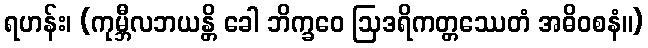
ရဟန်း၊ (ကုမ္ဘီလဘယန္တိ ခေါ ဘိက္ခဝေ ဩဒရိကတ္တဿေတံ အဓိဝစနံ။)